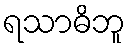
ရသာဓိဘူ